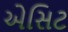
એસિટ